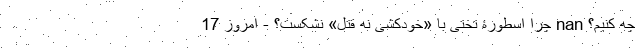
چه کنیم؟ nan چرا اسطورۀ تختی با «خودکشی نه قتل» نشکست؟ - امروز 17